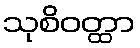
သုစိဝတ္ထာ